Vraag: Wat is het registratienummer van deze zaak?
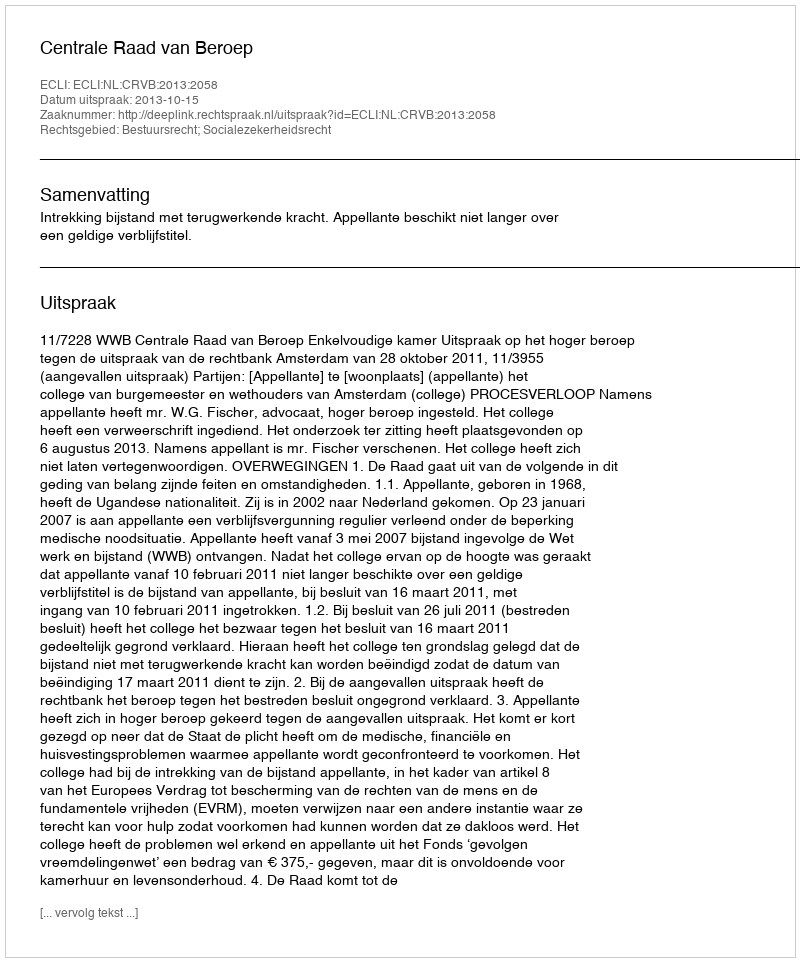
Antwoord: http://deeplink.rechtspraak.nl/uitspraak?id=ECLI:NL:CRVB:2013:2058